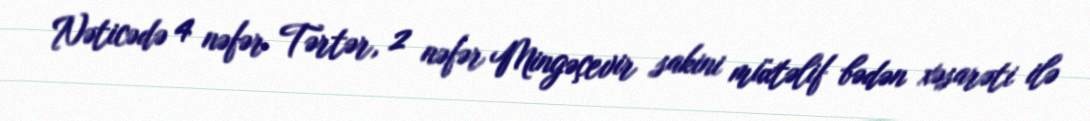
Nəticədə 4 nəfər Tərtər, 2 nəfər Mingəçevir sakini müxtəlif bədən xəsarəti ilə